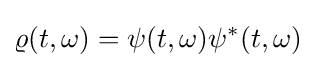
\varrho (t,\omega )=\psi (t,\omega )\psi ^{\ast }(t,\omega )